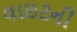
વાઇટની